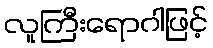
လူကြီးရောဂါဖြင့်